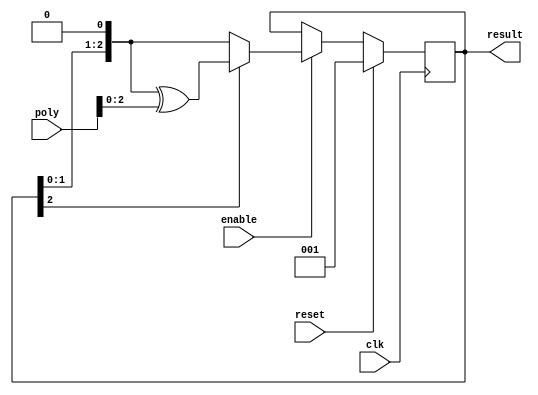
module LFSR3(clk, reset, enable, poly, result);
    parameter LN = 3;
    parameter INIT = {{(LN-1){1'b0}}, 1'b1};
    input clk, reset, enable;
    input[LN:0] poly;
    output reg[LN-1:0] result;
    
    always@(posedge clk) begin
        if(reset)
            result <= 3'b001;
        else if(~enable)
            result <= result;
        else begin
            if(result[LN-1]) begin
                result <= {result[LN-2:0], 1'b0} ^ poly;
            end
            else begin
                result <= {result[LN-2:0], 1'b0};
            end
        end
    end       
endmodule